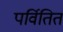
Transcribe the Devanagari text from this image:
पर्वितित